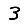
Digit: 3